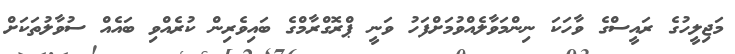
މަޖިލީހުގެ ރައީސްގެ ވާހަކަ ނިންމަވާލެއްވުމަށްފަހު ވަނީ ޕްރޮގްރާމްގެ ބައިވެރިން ކުރެއްވި ބައެއް ސުވާލުތަކަށް